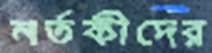
নর্তকীদের